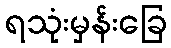
ရသုံးမှန်းခြေ